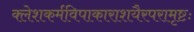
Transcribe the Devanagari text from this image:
क्लेशकर्मविपाकाराशयैरपरामृष्टः